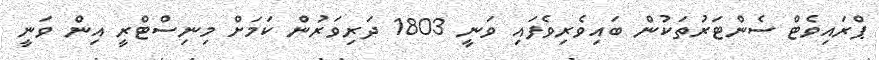
ޕްރައިވެޓް ސެންޓަރުތަކުން ބައިވެރިވެފައި ވަނީ 1803 ދަރިވަރުން ކަމަށް މިނިސްޓްރީ އިން ވަނީ